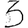
Digit: 3